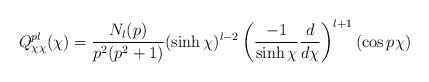
LaTeX: \begin{align*}Q^{pl}_{\chi\chi}(\chi) = \frac{N_{l}(p)}{p^2(p^2+1)} (\sinh \chi)^{l-2} \left(\frac{-1}{\sinh \chi}\frac{d}{d\chi}\right)^{l+1}(\cos p\chi)\end{align*}